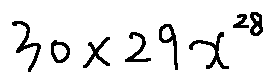
3 0 \times 2 9 x ^ { 2 8 }